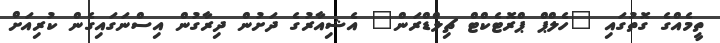
ތީމެއްގެ ގޮތުގައި "ހެލްޕް ޕްރޮޓެކްޓް ޗިލްޑްރަން" އެޝިއާރުގެ ދަށުން ދިރާގުން އިސްނަގައިގެން ކުރިއަށް